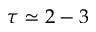
\tau \simeq 2 - 3